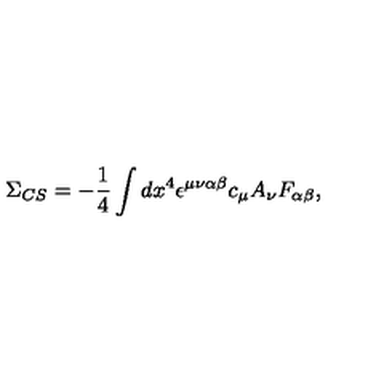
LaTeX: \Sigma _ { C S } = - \frac { 1 } { 4 } \int d x ^ { 4 } \epsilon ^ { \mu \nu \alpha \beta } c _ { \mu } A _ { \nu } F _ { \alpha \beta } ,